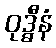
ဝုဒ္ဓီနံ